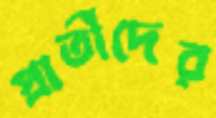
প্রার্তীদের